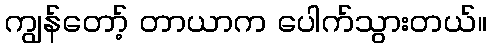
ကျွန်တော့် တာယာက ပေါက်သွားတယ်။